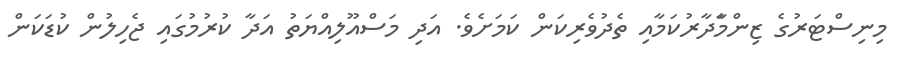
މިނިސްޓަރުގެ ޒިންމާަދާރުކަމާއި ތެދުވެރިކަން ކަމަަށެވެ. އަދި މަސްއޫލިއްޔަތު އަދާ ކުރުމުގައި ޖެހިލުން ކުޑަކަން